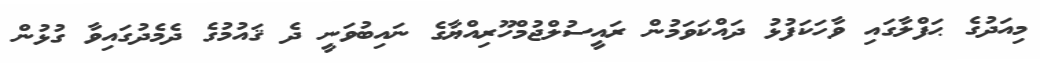
މިއަދުގެ ޙަފްލާގައި ވާހަކަފުޅު ދައްކަވަމުން ރައީސުލްޖުމްހޫރިއްޔާގެ ނައިބުވަނީ ދެ ޤައުމުގެ ދެމެދުގައިވާ ގުޅުން